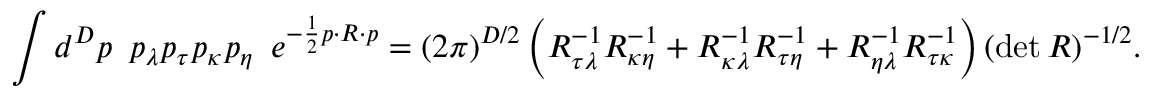
\int d ^ { D } p \, \, \, p _ { \lambda } p _ { \tau } p _ { \kappa } p _ { \eta } \, \, \, e ^ { - \frac { 1 } { 2 } p \cdot R \cdot p } = ( 2 \pi ) ^ { D / 2 } \left( R _ { { \tau } { \lambda } } ^ { - 1 } R _ { { \kappa } { \eta } } ^ { - 1 } + R _ { { \kappa } { \lambda } } ^ { - 1 } R _ { { \tau } { \eta } } ^ { - 1 } + R _ { { \eta } { \lambda } } ^ { - 1 } R _ { { \tau } { \kappa } } ^ { - 1 } \right) ( \operatorname * { d e t } R ) ^ { - 1 / 2 } . \nonumber \,